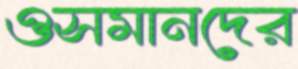
ওসমানদের